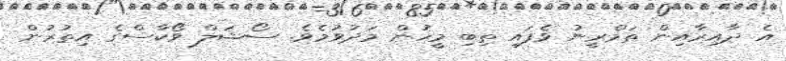
އެ ދާއިރާއިން ތަމްރީނު ވެފައި ތިބި މީހުން މަދުވުމެވެ. ސޯޝަލް ވޯކާސްގެ އިތުރުން